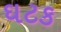
ઘટક